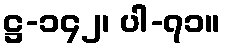
ဋ္ဌ-၁၄၂၊ ပါ-၇၁။